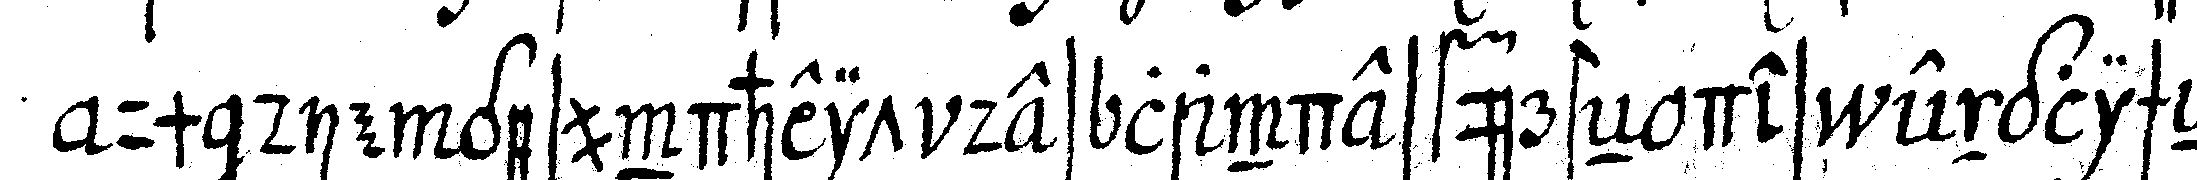
um die gesundheit des landesfürsteN des englischeN